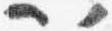
以